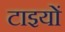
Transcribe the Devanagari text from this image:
टाइयों